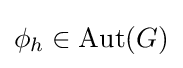
\phi _{h}\in {\text{Aut}}(G)